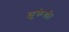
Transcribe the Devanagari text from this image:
झुकेगी।